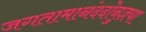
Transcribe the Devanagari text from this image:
जगतामानंददोनुज्ञया